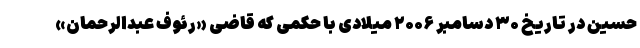
حسین در تاریخ ۳۰ دسامبر ۲۰۰۶ میلادی با حکمی که قاضی «رئوف عبدالرحمان»